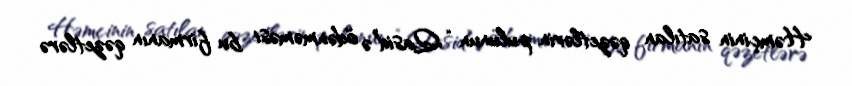
Həmçinin satılan qəzetlərin pulunun “Qasid”ə ödənməməsi bu firmanın qəzetlərə